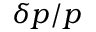
\delta p / p